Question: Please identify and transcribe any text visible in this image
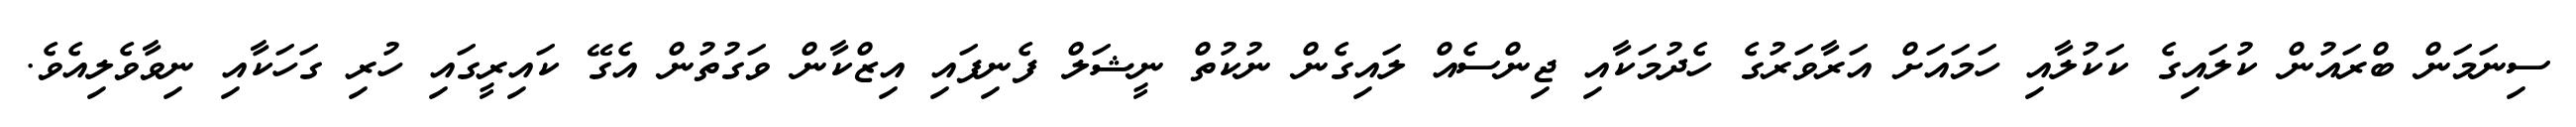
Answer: ސިނަމަން ބްރައުން ކުލައިގެ ކަކުލާއި ހަމައަށް އަރާވަރުގެ ހެދުމަކާއި ޖިންސެއް ލައިގެން ނުކުތް ނީޝަލް ފެނިފައި އިޒްކާން ވަގުތުން އެގޭ ކައިރީގައި ހުރި ގަހަކާއި ނިވާވެލިއެވެ.